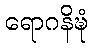
ရောဂနိဍ္ဎံ